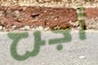
أجرح